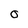
Character: O